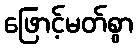
ဖြောင့်မတ်စွာ